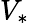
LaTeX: V_{*}